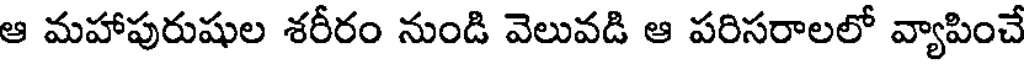
ఆ మహాపురుషుల శరీరం నుండి వెలువడి ఆ పరిసరాలలో వ్యాపించే